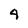
Character: 4